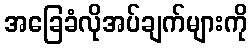
အခြေခံလိုအပ်ချက်များကို